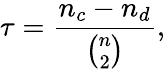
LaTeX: \tau=\frac{n_{c}-n_{d}}{{\binom{n}{2}}},